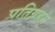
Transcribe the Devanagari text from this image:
प्रतिग्रहम्